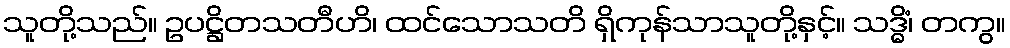
သူတို့သည်။ ဥပဋ္ဌိတသတီဟိ၊ ထင်သောသတိ ရှိကုန်သာသူတို့နှင့်။ သဒ္ဓိံ၊ တကွ။